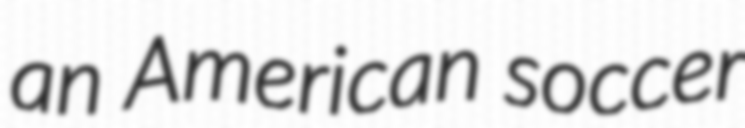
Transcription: an American soccer